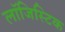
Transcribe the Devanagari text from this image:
लाॅजिस्टिक